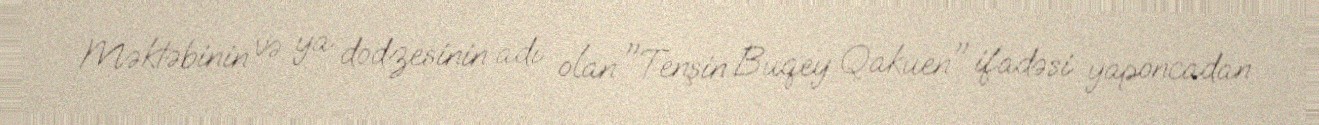
Məktəbinin və ya dodzesinin adı olan "Tenşin Buqey Qakuen" ifadəsi yaponcadan